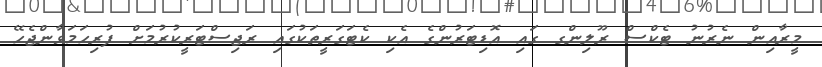
މީރާއިން ނެރުނު ޓެކްސް ރޫލިންގ ގައި އޮޑިޓަރުންގެ އެކި ކެޓަގަރީތަކުގައި ރަޖިސްޓަރީކުރުމަށް ފުރިހަމަވާންޖެހޭ